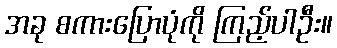
အခု စကားပြောပုံကို ကြည့်ပါဦး။